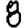
Digit: 8